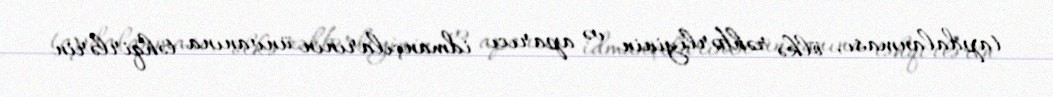
tapdalanması, ölkə rəhbərliyinin və aparıcı idmançılarının ünvanına təhqirlərin